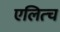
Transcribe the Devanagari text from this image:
एलित्च